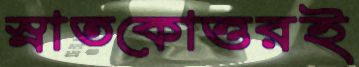
স্নাতকোত্তরই